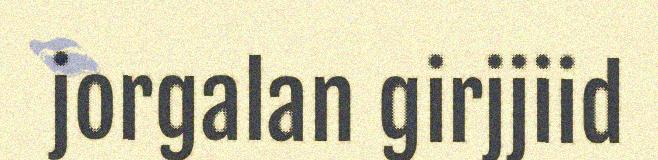
jorgalan girjjiid